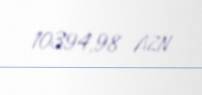
10394,98 AZN